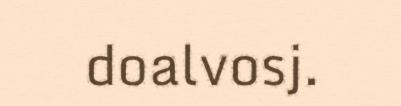
doalvosj.